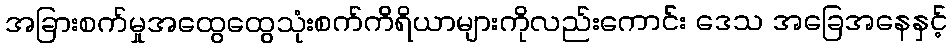
အခြားစက်မှုအထွေထွေသုံးစက်ကိရိယာများကိုလည်းကောင်း ဒေသ အခြေအနေနှင့်